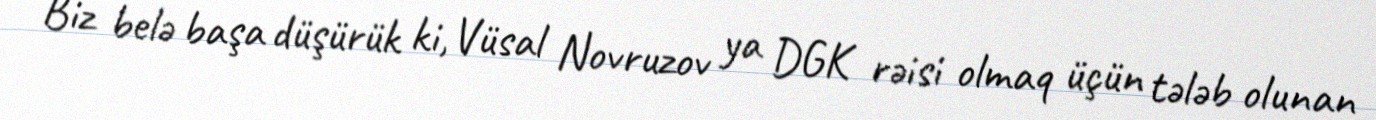
Biz belə başa düşürük ki, Vüsal Novruzov ya DGK rəisi olmaq üçün tələb olunan